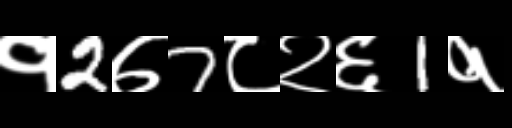
Text: १2७7८२६1१